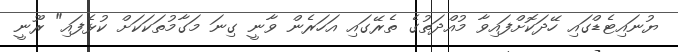
ޔުނައިޓެޑްގައި ހޭދަކޮށްފައިވާ މުއްދަތުގެ ތެރޭގައި އަހަރެން ވާނީ ގިނަ މަގާމުތަކަކަށް ކުޅެފައި" ރޫނީ